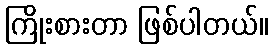
ကြိုးစားတာ ဖြစ်ပါတယ်။